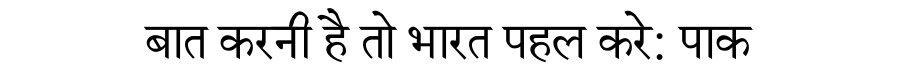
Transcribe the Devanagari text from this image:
बात करनी है तो भारत पहल करे: पाक